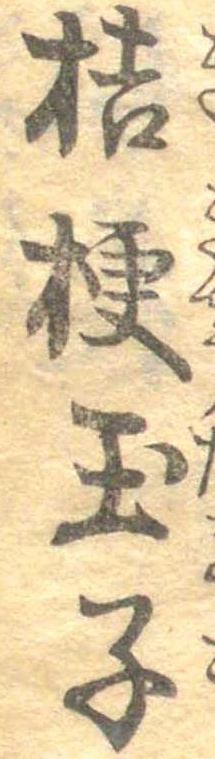
桔梗玉子